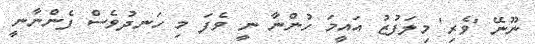
ނޫނޭ 'ވެރި' މިލަފުޒު އައީމަ ހުންނާ ނީ ވެފަ މި ހަނދުވެސް ފެންނާނީ